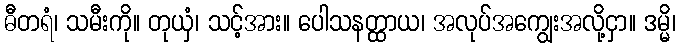
ဓီတရံ၊ သမီးကို။ တုယှံ၊ သင့်အား။ ပေါသနတ္ထာယ၊ အလုပ်အကျွေးအလို့ငှာ။ ဒမ္မိ၊